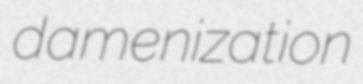
damenization